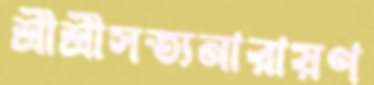
শ্রীশ্রীসত্যনারায়ণ